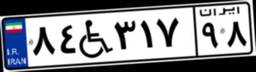
۸۴W۳۱۷۹۸